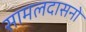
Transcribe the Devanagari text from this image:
सामलदासनो